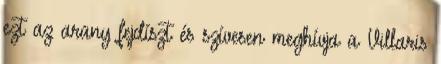
ezt az arany fejdíszt és szívesen meghívja a Villaris